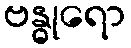
ဗန္ဓုရော